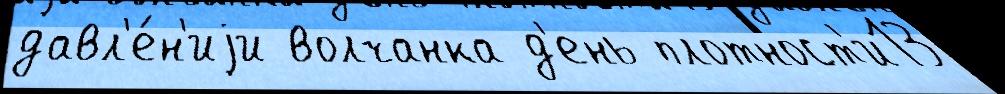
давл'е́н'иjи волчанка д'ень плотност'и13